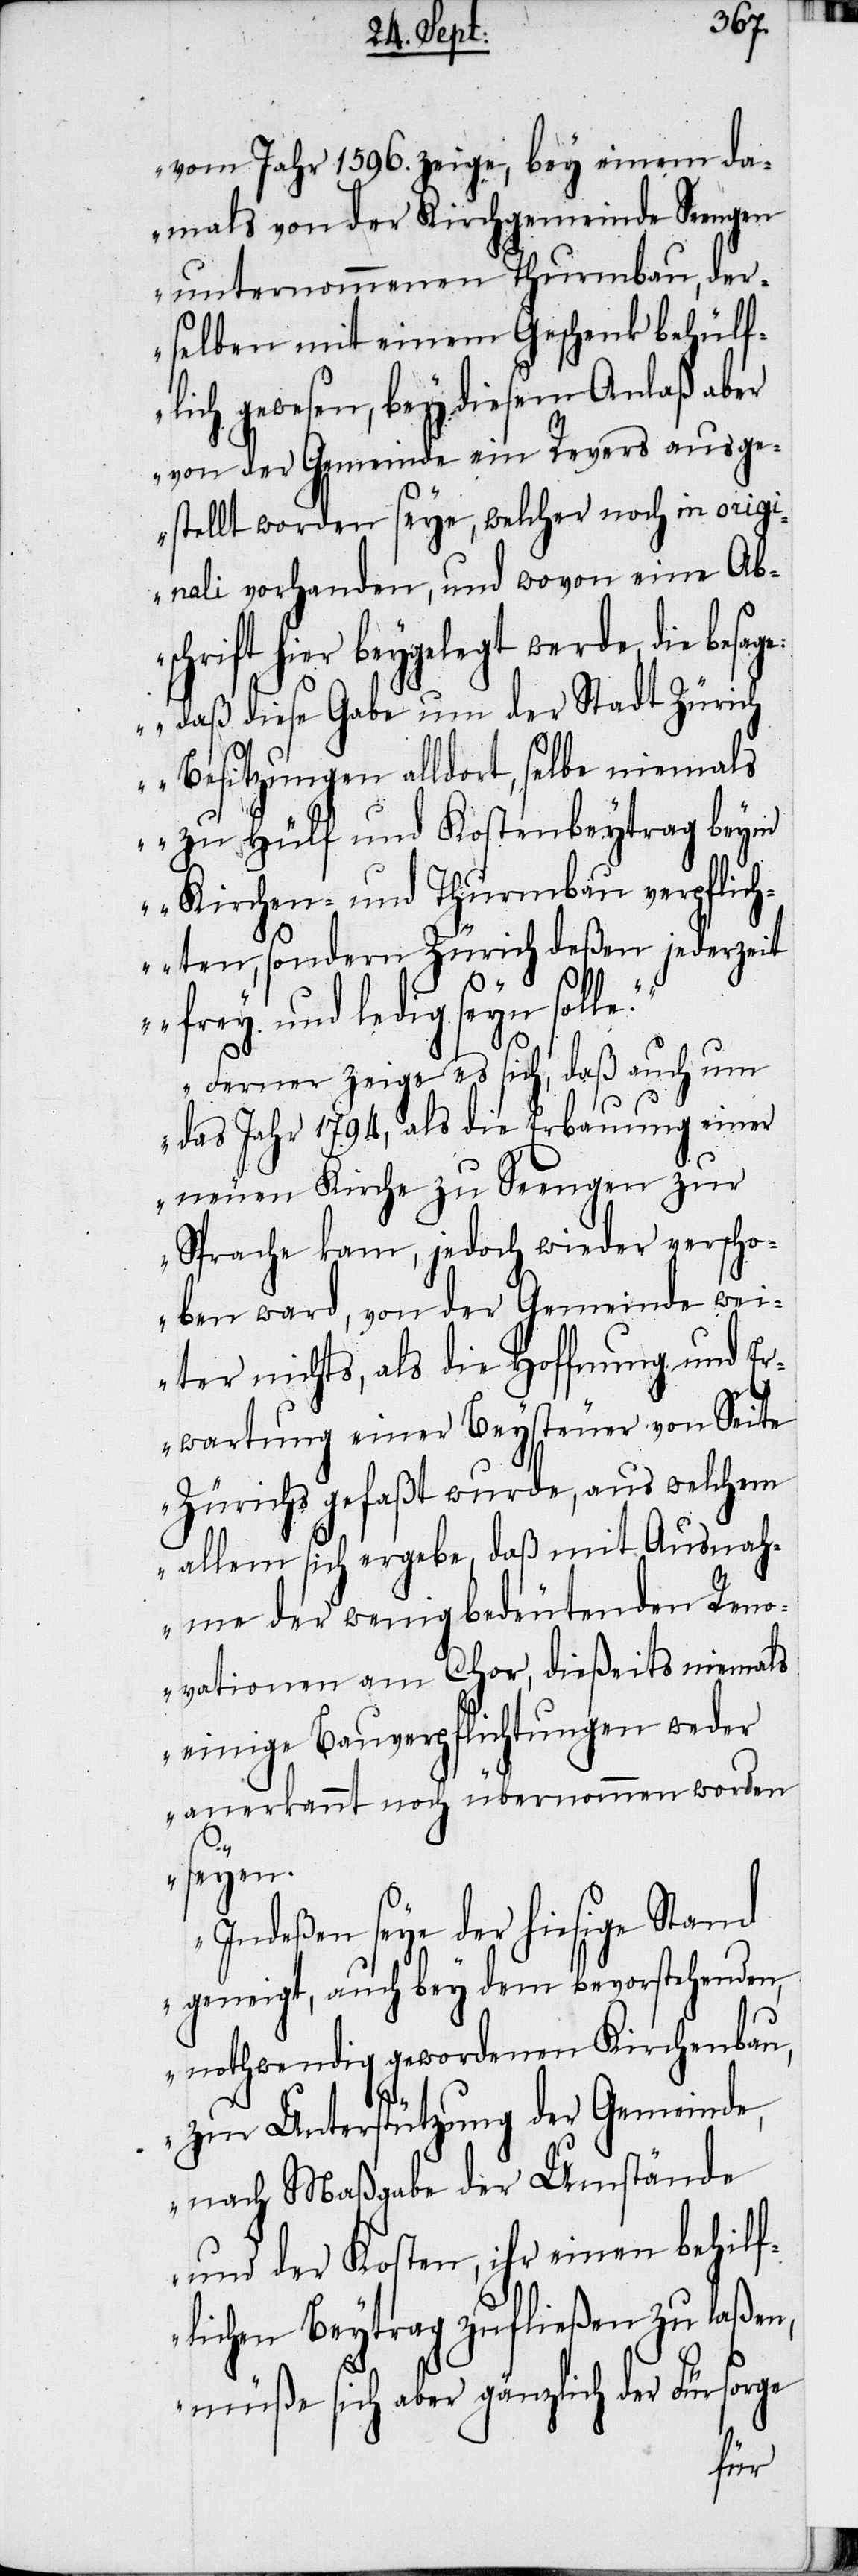
vom Jahr 1596. zeige, bey einem da¬
mals von der Kirchgemeinde Seengen
unternommenen Thurmbau, der¬
selben mit einem Geschenk behülf¬
lich gewesen, bey diesem Anlaß aber
von der Gemeinde ein Revers ausge¬
stellt worden seye, welcher noch in origi¬
nali vorhanden, und wovon eine Abs¬
chrift hier beygelegt werde, die
„daß diese Gabe um der Stadt Zürich
Besitzungen alldort, selbe niemals
zu Hülf und Kostenbeytrag beym
Kirchen- und Thurmbau verpflich¬
ten, sondern Zürich deßen jederzeit
e.““
frey und ledig seyn soll¬
„Ferner zeige es sich, daß auch um
das Jahr 1794, als die Erbauung einer
neuen Kirche zu Seengen zur
Sprache kam, jedoch wieder verscho¬
ben ward, von der Gemeinde wei¬
ter nichts, als die Hoffnung und Er¬
wartung einer Beysteuer von Seite
Zürichs gefaßt wurde, aus welchem
allem sich ergebe, daß mit Ausnah¬
me der wenig bedeutenden Reno¬
vationen am Chor, dießeits niemals
einige Bauverpflichtungen weder
anerkannt noch übernommen worden
seyen.
Indeßen seye der hiesige Stand
geneigt, auch bey dem bevorstehenden,
nothwendig gewordenen Kirchenbau,
zur Unterstützung der Gemeinde,
nach Maßgabe der Umstände
und der Kosten, ihr einen behilf¬
lichen Beytrag zufließen zu laßen,
müße sich aber gänzlich der Fürsorge